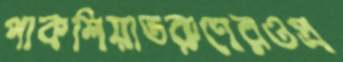
পাকশিয়াতরুণেরওপ্র